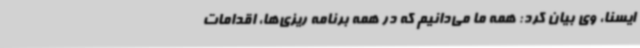
ایسنا، وی بیان کرد: همه ما می‌دانیم که در همه برنامه ریزی‌ها، اقدامات